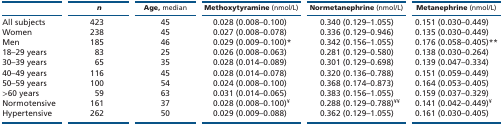
<table><thead><tr><td>[EMPTY_CELL]</td><td><b><i>n</i></b></td><td><b>Age, median</b></td><td><b>Methoxytyramine (nmol/L)</b></td><td><b>Normetanephrine (nmol/L)</b></td><td><b>Metanephrine (nmol/L)</b></td></tr></thead><tbody><tr><td>All subjects</td><td>423</td><td>45</td><td>0.028 (0.008–0.100)</td><td>0.340 (0.129–1.055)</td><td>0.151 (0.030–0.449)</td></tr><tr><td>Women</td><td>238</td><td>45</td><td>0.027 (0.008–0.078)</td><td>0.336 (0.129–0.946)</td><td>0.135 (0.030–0.449)</td></tr><tr><td>Men</td><td>185</td><td>46</td><td>0.029 (0.009–0.100)*</td><td>0.342 (0.156–1.055)</td><td>0.176 (0.058–0.405)**</td></tr><tr><td>18–29 years</td><td>83</td><td>25</td><td>0.026 (0.008–0.063)</td><td>0.281 (0.129–0.580)</td><td>0.138 (0.030–0.264)</td></tr><tr><td>30–39 years</td><td>65</td><td>35</td><td>0.028 (0.014–0.089)</td><td>0.301 (0.129–0.698)</td><td>0.139 (0.047–0.334)</td></tr><tr><td>40–49 years</td><td>116</td><td>45</td><td>0.028 (0.014–0.078)</td><td>0.320 (0.136–0.788)</td><td>0.151 (0.059–0.449)</td></tr><tr><td>50–59 years</td><td>100</td><td>54</td><td>0.024 (0.008–0.100)</td><td>0.368 (0.174–0.873)</td><td>0.164 (0.053–0.405)</td></tr><tr><td>&gt;60 years</td><td>59</td><td>63</td><td>0.031 (0.014–0.065)</td><td>0.383 (0.156–1.055)</td><td>0.159 (0.037–0.329)</td></tr><tr><td>Normotensive</td><td>161</td><td>37</td><td>0.028 (0.008–0.100)<sup>¥</sup></td><td>0.288 (0.129–0.788)<sup>¥¥</sup></td><td>0.141 (0.042–0.449)<sup>¥</sup></td></tr><tr><td>Hypertensive</td><td>262</td><td>50</td><td>0.029 (0.009–0.088)</td><td>0.362 (0.129–1.055)</td><td>0.161 (0.030–0.405)</td></tr></tbody></table>